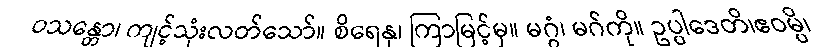
ဝသန္တော၊ ကျင့်သုံးလတ်သော်။ စိရေနု၊ ကြာမြင့်မှ။ မဂ္ဂံ၊ မဂ်ကို။ ဥပ္ပါဒေတိ၊ဧဝမ္ပိ၊